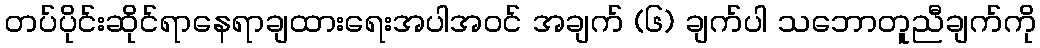
တပ်ပိုင်းဆိုင်ရာနေရာချထားရေးအပါအဝင် အချက် (၆) ချက်ပါ သဘောတူညီချက်ကို